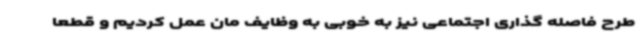
طرح فاصله گذاری اجتماعی نیز به خوبی به وظایف مان عمل کردیم و قطعا